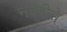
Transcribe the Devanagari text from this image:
नवरीचे